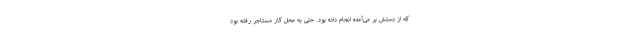
که از دستش بر می‌آمده انجام داده بود. حتی به محل کار مستاجر رفته بود